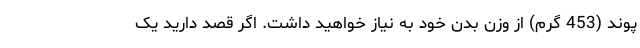
پوند (453 گرم) از وزن بدن خود به نیاز خواهید داشت. اگر قصد دارید یک